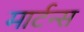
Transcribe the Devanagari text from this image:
मार्टन्स